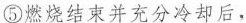
⑤燃烧结束并充分冷却后，